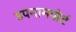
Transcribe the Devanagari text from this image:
उपनामपोर्ट